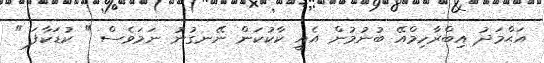
އަޙްމަދު އިބްރާހިމްއޭ ބުނުމުން އެއީ ކާކުކަން ނޭނގުނު ނަމަވެސް " ކުޑަކާފަ "